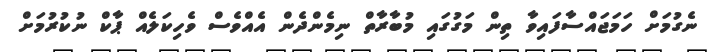
ނެގުމަށް ހަމަޖައްސާފައިވާ ތިން މަގުގައި މުބާރާތް ނިމެންދެން އެއްވެސް ވެހިކަލެއް ޕާކް ނުކުރުމަށް